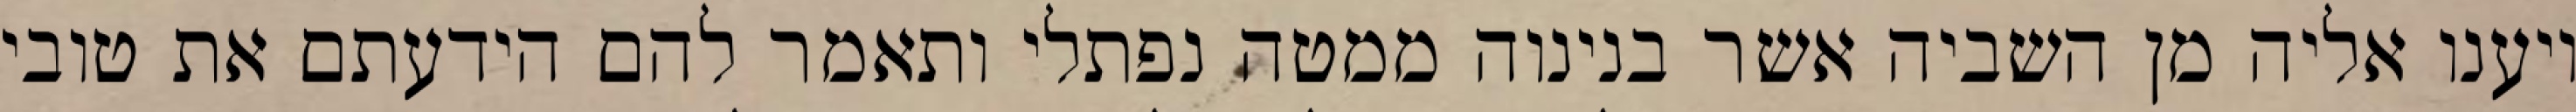
ויענו אליה מן השביה אשר בנינוה ממטה נפתלי ותאמר להם הידעתם את טובי